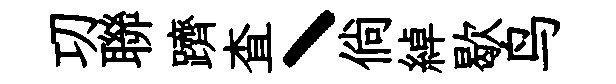
㓛聯躋查丶倘綽歇鸟